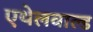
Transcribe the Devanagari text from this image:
एथेलवाल्ड